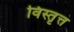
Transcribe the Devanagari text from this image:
विस्तृत्त